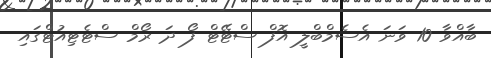
ބާއްވާ 10 ވަނަ އެސެމްބްލީ އޮފް ސްޓޭޓް ފޯ ދަ ރޯމް ސްޓެޓިއުޓްގައި